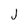
Character: j